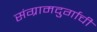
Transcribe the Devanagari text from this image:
संग्रामदुर्गाची